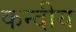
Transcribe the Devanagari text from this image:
कन्दीय